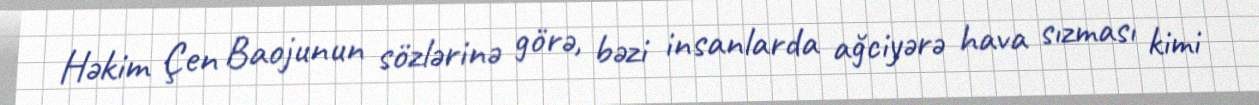
Həkim Çen Baojunun sözlərinə görə, bəzi insanlarda ağciyərə hava sızması kimi